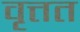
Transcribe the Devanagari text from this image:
वृत्तत